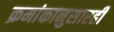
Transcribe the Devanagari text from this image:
क्रमांकानुसारही